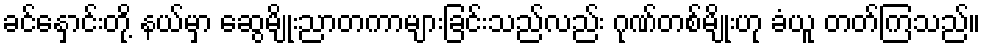
ခင်နှောင်းတို့ နယ်မှာ ဆွေမျိုးညာတကာများခြင်းသည်လည်း ဂုဏ်တစ်မျိုးဟု ခံယူ တတ်ကြသည်။